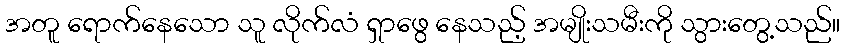
အတူ ရောက်နေသော သူ လိုက်လံ ရှာဖွေ နေသည့် အမျိုးသမီးကို သွားတွေ့သည်။